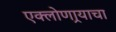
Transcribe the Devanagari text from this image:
एक्लोणार्‍याचा